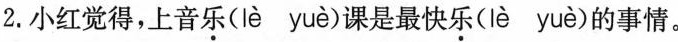
2.小红觉得，上音乐(lè yuè)课是最快乐(lè yuè)的事情。